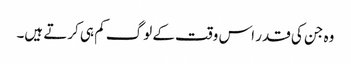
وہ جن کی قدر اس وقت کے لوگ کم ہی کرتے ہیں۔